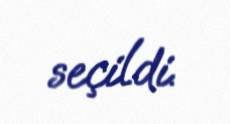
seçildi.